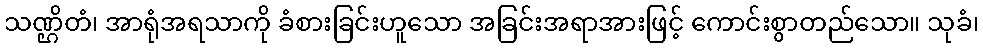
သဏ္ဌိတံ၊ အာရုံအရသာကို ခံစားခြင်းဟူသော အခြင်းအရာအားဖြင့် ကောင်းစွာတည်သော။ သုခံ၊